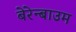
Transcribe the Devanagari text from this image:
बेरेन्बाउम